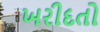
ખરીદતો